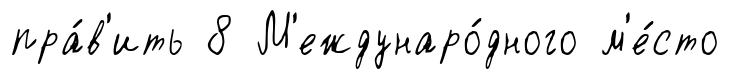
пра́в'ить 8 М'еждунаро́дного м'е́сто